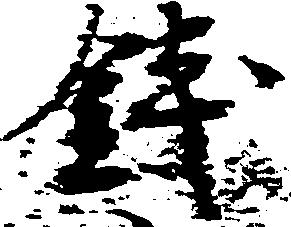
銭